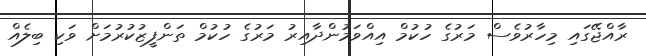
ރާއްޖޭގައި މިހާރުވެސް މަރުގެ ހުކުމް އިއްވަމުންދާއިރު މަރުގެ ހުކުމް ތަންފީޒުކުރުމަށް ވަކި ބިލެއް